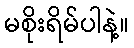
မစိုးရိမ်ပါနဲ့။